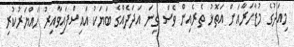
މިއަދުގެ މުޒާހަރާއަށް އަތޮޅު ތެރެއިން ވެސް ގިނަ އަދަދެއްގެ ބަޔަކު އައިސްފައިވާއިރު ހައްޔަރުކުރި